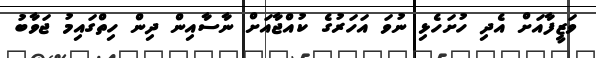
ވަޒީފާއަށް އެދި ހުށަހެޅި ނުވަ އަހަރުގެ ކުއްޖާއަށް ނާސާއިން ދިން ހިތްގައިމު ޖަވާބު